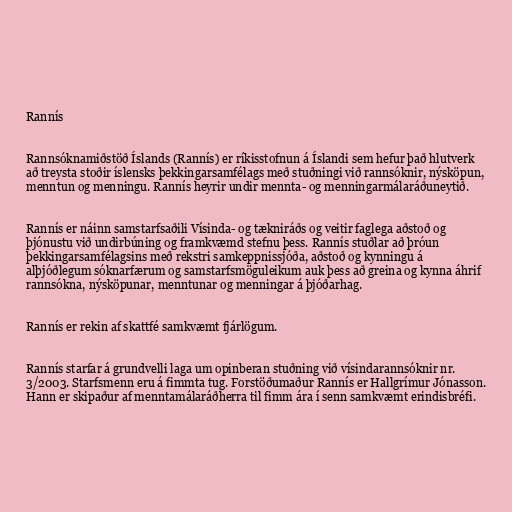
Rannís

Rannsóknamiðstöð Íslands (Rannís) er ríkisstofnun á Íslandi sem hefur það hlutverk
að treysta stoðir íslensks þekkingarsamfélags með stuðningi við rannsóknir, nýsköpun,
menntun og menningu. Rannís heyrir undir mennta- og menningarmálaráðuneytið.

Rannís er náinn samstarfsaðili Vísinda- og tækniráðs og veitir faglega aðstoð og
þjónustu við undirbúning og framkvæmd stefnu þess. Rannís stuðlar að þróun
þekkingarsamfélagsins með rekstri samkeppnissjóða, aðstoð og kynningu á
alþjóðlegum sóknarfærum og samstarfs­möguleikum auk þess að greina og kynna áhrif
rannsókna, nýsköpunar, menntunar og menningar á þjóðarhag.

Rannís er rekin af skattfé samkvæmt fjárlögum.

Rannís starfar á grundvelli laga um opinberan stuðning við vísindarannsóknir nr.
3/2003. Starfsmenn eru á fimmta tug. Forstöðumaður Rannís er Hallgrímur Jónasson.
Hann er skipaður af menntamálaráðherra til fimm ára í senn samkvæmt erindisbréfi.